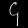
Digit: ၄